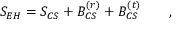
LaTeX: S _ { E H } = S _ { C S } + { \cal B } _ { C S } ^ { ( r ) } + { \cal B } _ { C S } ^ { ( t ) } \qquad ,